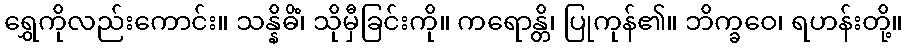
ရွှေကိုလည်းကောင်း။ သန္နိဓိံ၊ သိုမှီခြင်းကို။ ကရောန္တိ၊ ပြုကုန်၏။ ဘိက္ခဝေ၊ ရဟန်းတို့။